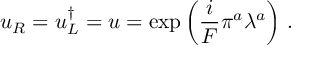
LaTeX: u _ { R } = u _ { L } ^ { \dagger } = u = \exp \left( \frac { i } { F } \pi ^ { a } \lambda ^ { a } \right) \, .